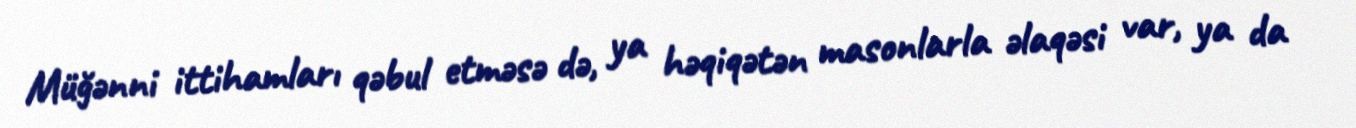
Müğənni ittihamları qəbul etməsə də, ya həqiqətən masonlarla əlaqəsi var, ya da